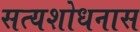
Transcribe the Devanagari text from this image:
सत्यशोधनास